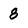
Character: 8